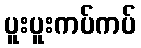
ပူးပူးကပ်ကပ်